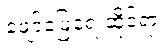
ဖျော်ဖြေရေးဆိုင်ရာ